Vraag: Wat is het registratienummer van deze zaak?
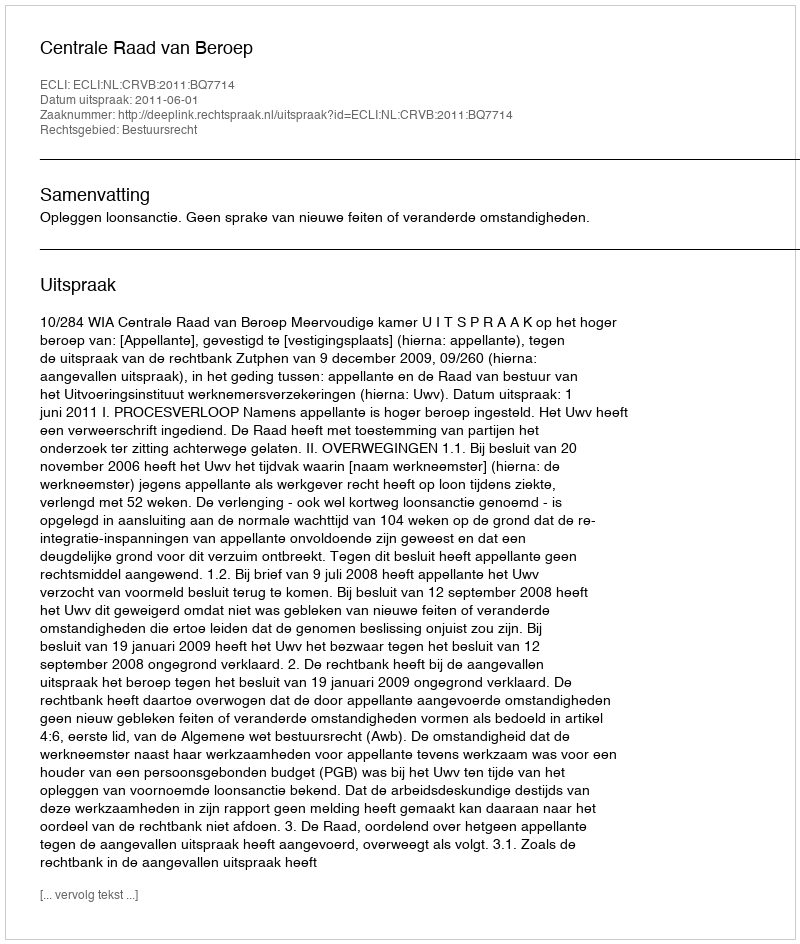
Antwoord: http://deeplink.rechtspraak.nl/uitspraak?id=ECLI:NL:CRVB:2011:BQ7714